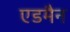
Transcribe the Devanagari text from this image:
एडमैन